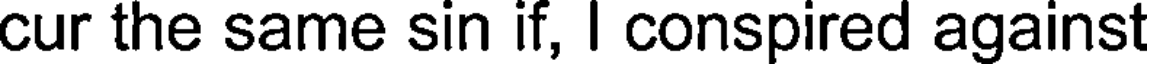
cur the same sin if, I conspired against